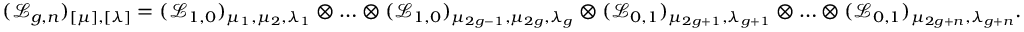
( \mathcal { L } _ { g , n } ) _ { [ \mu ] , [ \lambda ] } = ( \mathcal { L } _ { 1 , 0 } ) _ { \mu _ { 1 } , \mu _ { 2 } , \lambda _ { 1 } } \otimes \ldots \otimes ( \mathcal { L } _ { 1 , 0 } ) _ { \mu _ { 2 g - 1 } , \mu _ { 2 g } , \lambda _ { g } } \otimes ( \mathcal { L } _ { 0 , 1 } ) _ { \mu _ { 2 g + 1 } , \lambda _ { g + 1 } } \otimes \ldots \otimes ( \mathcal { L } _ { 0 , 1 } ) _ { \mu _ { 2 g + n } , \lambda _ { g + n } } .